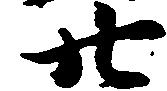
廿